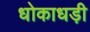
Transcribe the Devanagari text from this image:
धोकाधड़ी